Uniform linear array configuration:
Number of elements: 4
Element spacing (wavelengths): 1
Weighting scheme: blackman
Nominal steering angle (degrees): -15
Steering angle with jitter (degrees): -14.824
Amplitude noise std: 0.05
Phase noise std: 0.05

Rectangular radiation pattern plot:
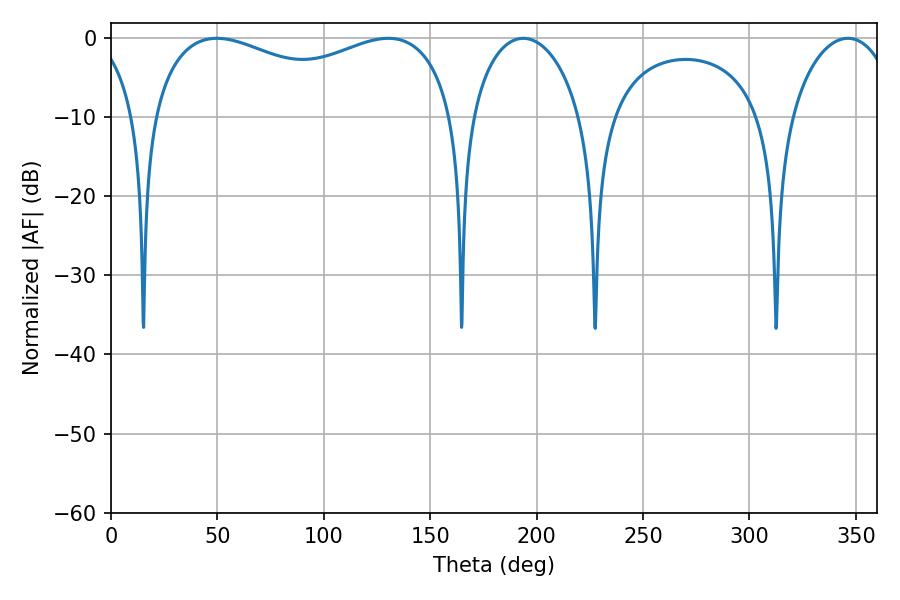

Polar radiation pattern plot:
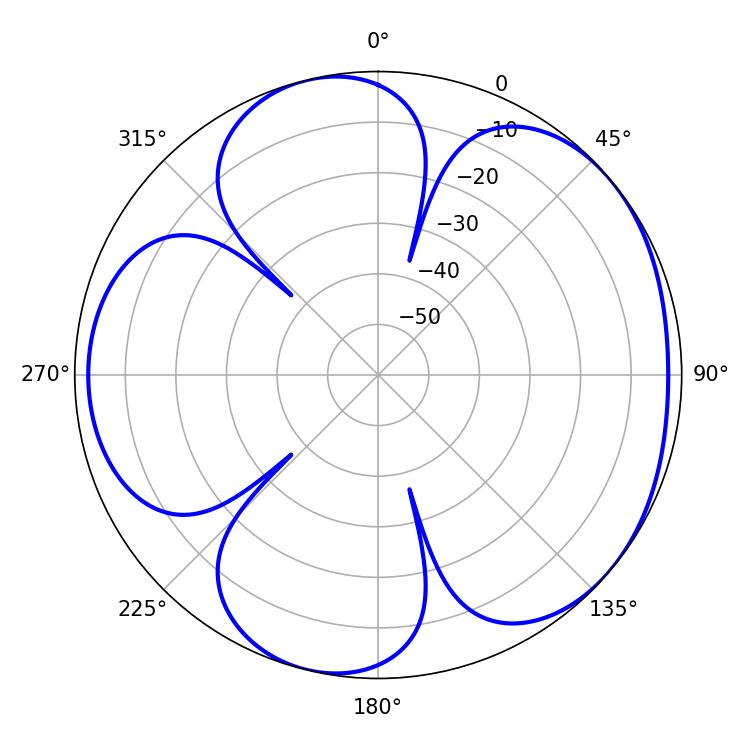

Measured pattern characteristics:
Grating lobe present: TRUE
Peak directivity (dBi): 4.783
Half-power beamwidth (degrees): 118.08
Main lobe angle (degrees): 49.68